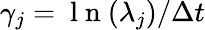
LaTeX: \gamma_{j}={\mathrm{~l~n~}(\lambda_{j})}/{\Delta t}